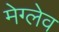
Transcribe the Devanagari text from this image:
मेग्लेव